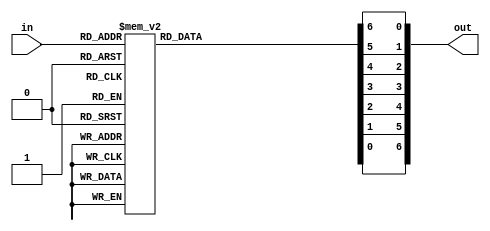
module hexadigit1(
	input wire [3:0] in,
	output reg [6:0] out
	);
	
	always @* begin
	out = 7'b1111111;
	
	case(in)
	
		4'h0:begin		//for display 0 on seven-segment display
		
	out [6] = 1'b1;
	out [5] = 1'b0;
	out [4] = 1'b0;
	out [3] = 1'b0;
	out [2] = 1'b0;
	out [1] = 1'b0;
	out [0] = 1'b0;
		end
		
		4'h1:begin		//for display 1 on seven-segment display
		
	out [6] = 1'b1;
	out [5] = 1'b1;
	out [4] = 1'b1;
	out [3] = 1'b1;
	out [2] = 1'b0;
	out [1] = 1'b0;
	out [0] = 1'b1;
		end
		
		4'h2:begin		//for display 2 on seven-segment display
		
	out [6] = 1'b0;
	out [5] = 1'b1;
	out [4] = 1'b0;
	out [3] = 1'b0;
	out [2] = 1'b1;
	out [1] = 1'b0;
	out [0] = 1'b0;
		end
		
		4'h3:begin		//for display 3 on seven-segment display
		
	out [6] = 1'b0;
	out [5] = 1'b1;
	out [4] = 1'b1;
	out [3] = 1'b0;
	out [2] = 1'b0;
	out [1] = 1'b0;
	out [0] = 1'b0;
		end
		
		4'h4:begin		//for display 4 on seven-segment display
		
	out [6] = 1'b0;
	out [5] = 1'b0;
	out [4] = 1'b1;
	out [3] = 1'b1;
	out [2] = 1'b0;
	out [1] = 1'b0;
	out [0] = 1'b1;
		end
		
		4'h5:begin		//for display 5 on seven-segment display
		
	out [6] = 1'b0;
	out [5] = 1'b0;
	out [4] = 1'b1;
	out [3] = 1'b0;
	out [2] = 1'b0;
	out [1] = 1'b1;
	out [0] = 1'b0;
		end
		
		4'h6:begin		//for display 6 on seven-segment display
		
	out [6] = 1'b0;
	out [5] = 1'b0;
	out [4] = 1'b0;
	out [3] = 1'b0;
	out [2] = 1'b0;
	out [1] = 1'b1;
	out [0] = 1'b0;
		end
		
		4'h7:begin		//for display 7 on seven-segment display
		
	out [6] = 1'b1;
	out [5] = 1'b1;
	out [4] = 1'b1;
	out [3] = 1'b1;
	out [2] = 1'b0;
	out [1] = 1'b0;
	out [0] = 1'b0;
		end
		
		4'h8:begin		//for display 8 on seven-segment display
		
	out [6] = 1'b0;
	out [5] = 1'b0;
	out [4] = 1'b0;
	out [3] = 1'b0;
	out [2] = 1'b0;
	out [1] = 1'b0;
	out [0] = 1'b0;
		end
		
		4'h9:begin		//for display 9 on seven-segment display
		
	out [6] = 1'b0;
	out [5] = 1'b0;
	out [4] = 1'b1;
	out [3] = 1'b0;
	out [2] = 1'b0;
	out [1] = 1'b0;
	out [0] = 1'b0;
		end
		
		4'hA:begin		//for display 9 on seven-segment display
		
	out [6] = 1'b0;
	out [5] = 1'b0;
	out [4] = 1'b0;
	out [3] = 1'b1;
	out [2] = 1'b0;
	out [1] = 1'b0;
	out [0] = 1'b0;
		end
		
		4'hB:begin		//for display 9 on seven-segment display
		
	out [6] = 1'b0;
	out [5] = 1'b0;
	out [4] = 1'b0;
	out [3] = 1'b0;
	out [2] = 1'b0;
	out [1] = 1'b1;
	out [0] = 1'b1;
		end

		4'hC:begin		//for display 9 on seven-segment display
		
	out [6] = 1'b1;
	out [5] = 1'b0;
	out [4] = 1'b0;
	out [3] = 1'b0;
	out [2] = 1'b1;
	out [1] = 1'b1;
	out [0] = 1'b0;
		end

		4'hD:begin		//for display 9 on seven-segment display
		
	out [6] = 1'b0;
	out [5] = 1'b1;
	out [4] = 1'b0;
	out [3] = 1'b0;
	out [2] = 1'b0;
	out [1] = 1'b0;
	out [0] = 1'b1;
		end	

		4'hE:begin		//for display 9 on seven-segment display
		
	out [6] = 1'b0;
	out [5] = 1'b0;
	out [4] = 1'b0;
	out [3] = 1'b0;
	out [2] = 1'b1;
	out [1] = 1'b1;
	out [0] = 1'b0;
		end	

		4'hF:begin		//for display 9 on seven-segment display
		
	out [6] = 1'b0;
	out [5] = 1'b0;
	out [4] = 1'b0;
	out [3] = 1'b1;
	out [2] = 1'b1;
	out [1] = 1'b1;
	out [0] = 1'b0;
		end
    endcase
  end

endmodule